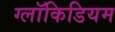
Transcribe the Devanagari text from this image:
ग्लॉकिडियम